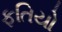
ફતિયો